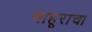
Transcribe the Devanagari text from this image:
माहूराचा